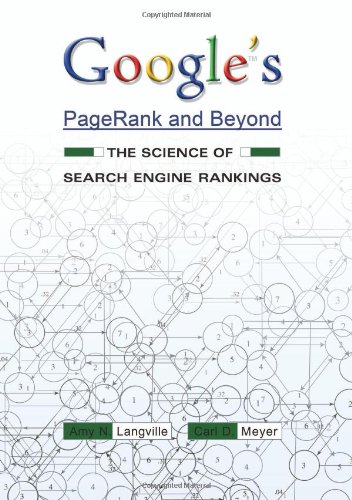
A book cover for Google's PageRank and Beyond: The Science of Search Engine Rankings; Amy N. Langville; Computers & Technology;